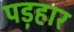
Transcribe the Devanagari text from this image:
पड़हार